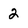
Character: 2